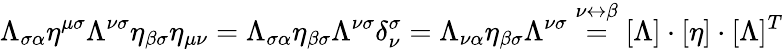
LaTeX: \Lambda_{\sigma\alpha}\eta^{\mu\sigma}\Lambda^{\nu\sigma}\eta_{\beta\sigma}\eta_{\mu\nu}=\Lambda_{\sigma\alpha}\eta_{\beta\sigma}\Lambda^{\nu\sigma}\delta_{\nu}^{\sigma}=\Lambda_{\nu\alpha}\eta_{\beta\sigma}\Lambda^{\nu\sigma}\stackrel{\nu\leftrightarrow\beta}{=}[\Lambda]\cdot[\eta]\cdot[\Lambda]^{T}